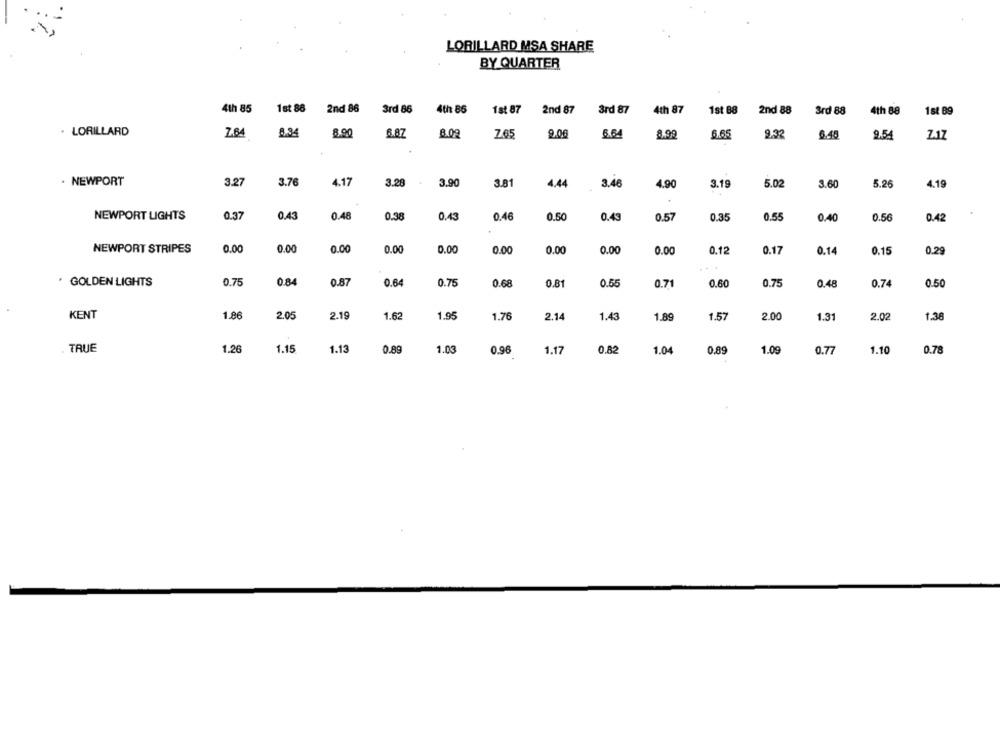
LORILLARD MSA SHARE
BY QUARTER
4th 85
1st 86
2nd 86
3rd 86
4th 86
1st 87
2nd 87
3rd 87
4th 87
1st B8
2nd 88
3rd 88
4th 88
1st B9
. LORILLARD
7.64
8.34
8.90
6.87
8.09
7.65
9,00
6.64
8.99
6.65
9.32
6.48
9.54
Z.17
. NEWPORT
3.27
3.76
4.17
3.20
3.9
3.81
4.44
3.46
4.90
3.19
5.02
3.60
5.26
4.19
NEWPORT LIGHTS
0.37
0.43
0.48
0.38
0.43
0.46
0.50
0.43
0.57
0.35
0.55
0.40
0.56
0.42
NEWPORT STRIPES
0.00
0.00
0.00
0.00
0.00
0.00
0.00
0.00
0.00
0.12
0.17
0.14
0.15
0.29
GOLDEN LIGHTS
0.75
0.84
0.87
0.64
0.75
0.68
0.81
0.55
0.71
0.60
0.75
0.48
0.74
0.50
KENT
1.86
2.05
2.19
1.62
1.95
1.76
2.14
1.43
1.89
1.57
2.00
1.31
2.02
1.38
TRUE
1.26
1.15
1.13
0.89
1.03
0.96
1.17
0.82
1.04
0.89
1.09
0.77
1.10
0.78